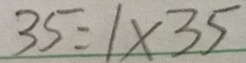
3 5 = 1 \times 3 5